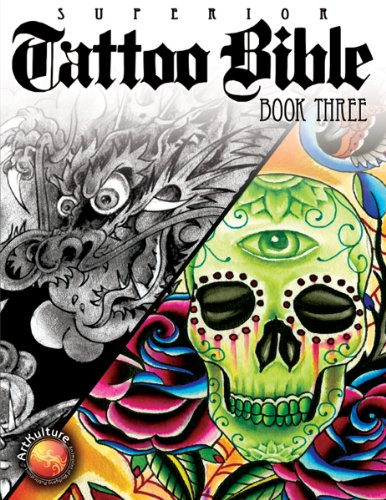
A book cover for Superior Tattoo Bible: Book Three; Arts & Photography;